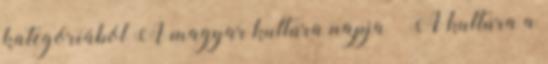
kategóriából A magyar kultúra napja – A kultúra a